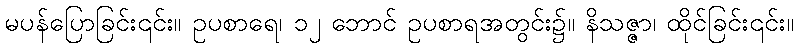
မပန်ပြောခြင်း၎င်း။ ဥပစာရေ၊ ၁၂ ဘောင် ဥပစာရအတွင်း၌။ နိသဇ္ဇာ၊ ထိုင်ခြင်း၎င်း။